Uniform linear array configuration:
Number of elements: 4
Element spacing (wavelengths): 0.25
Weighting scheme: binomial
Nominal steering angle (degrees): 15
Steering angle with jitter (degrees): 14.79
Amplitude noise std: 0.05
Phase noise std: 0.05

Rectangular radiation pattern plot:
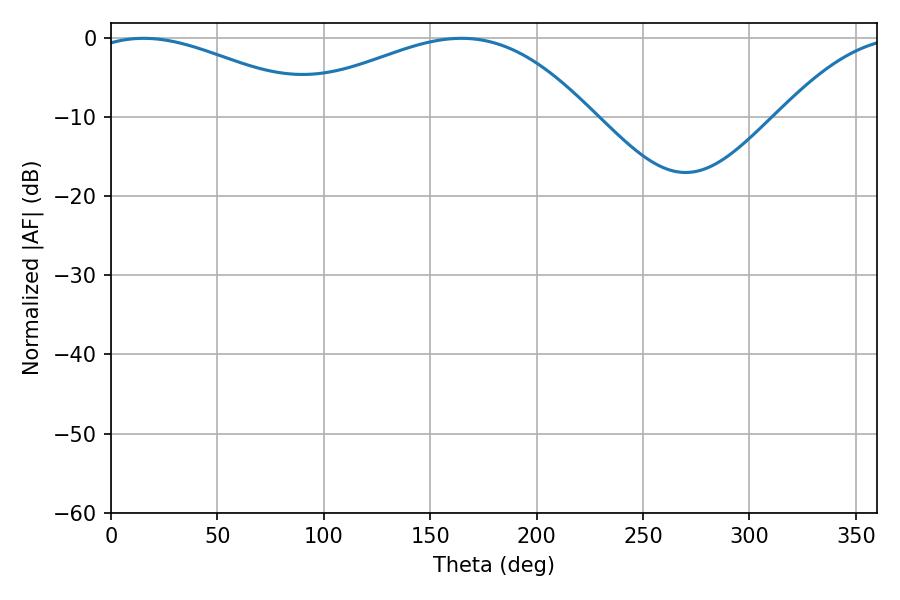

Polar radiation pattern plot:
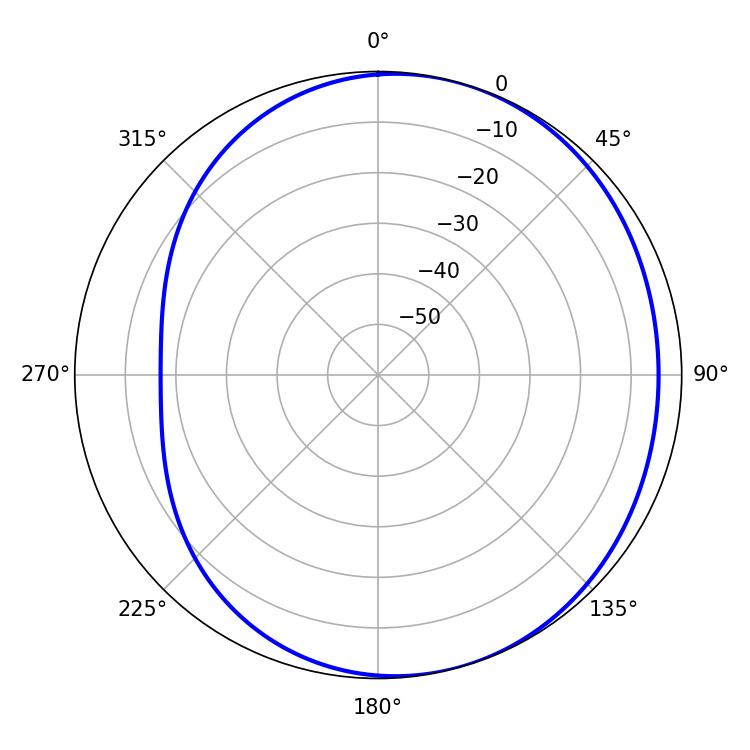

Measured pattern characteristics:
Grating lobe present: FALSE
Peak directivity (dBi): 3.526
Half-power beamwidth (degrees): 59.94
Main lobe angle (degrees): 15.3